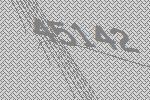
45142